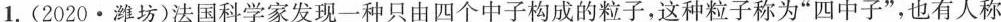
1. (2020·潍坊)法国科学家发现一种只由四个中子构成的粒子，这种粒子称为”四中子”，也有人称